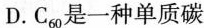
D.C_{60}是一种单质碳